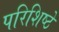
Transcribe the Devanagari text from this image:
परिशिष्ठे